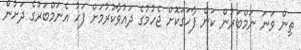
ތިން ވަނަ ނަމްބަރުން ކަން ފާހަގަކޮށް ޖެހުމުގެ ދައުވާކުރުމަށް ފަހު އެނަމްބަރުގެ ދަށުން